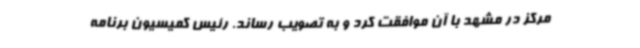
مرکز در مشهد با آن موافقت کرد و به تصویب رساند. رئیس کمیسیون برنامه